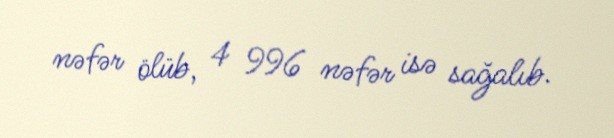
nəfər ölüb, 4 996 nəfər isə sağalıb.